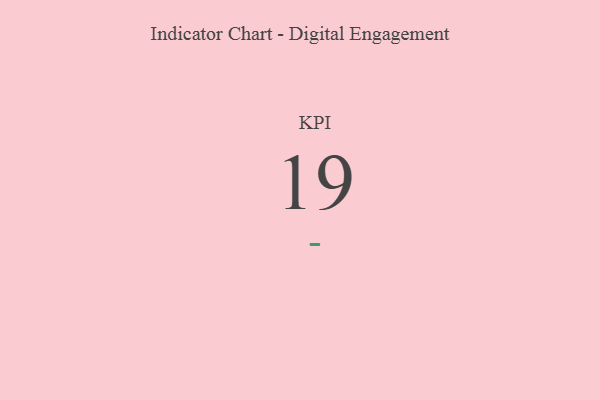
{"axis": {"x": "KPI", "y": "Value"}, "legend": [""], "data": [{"x": "KPI", "y": 19, "type": ""}]}